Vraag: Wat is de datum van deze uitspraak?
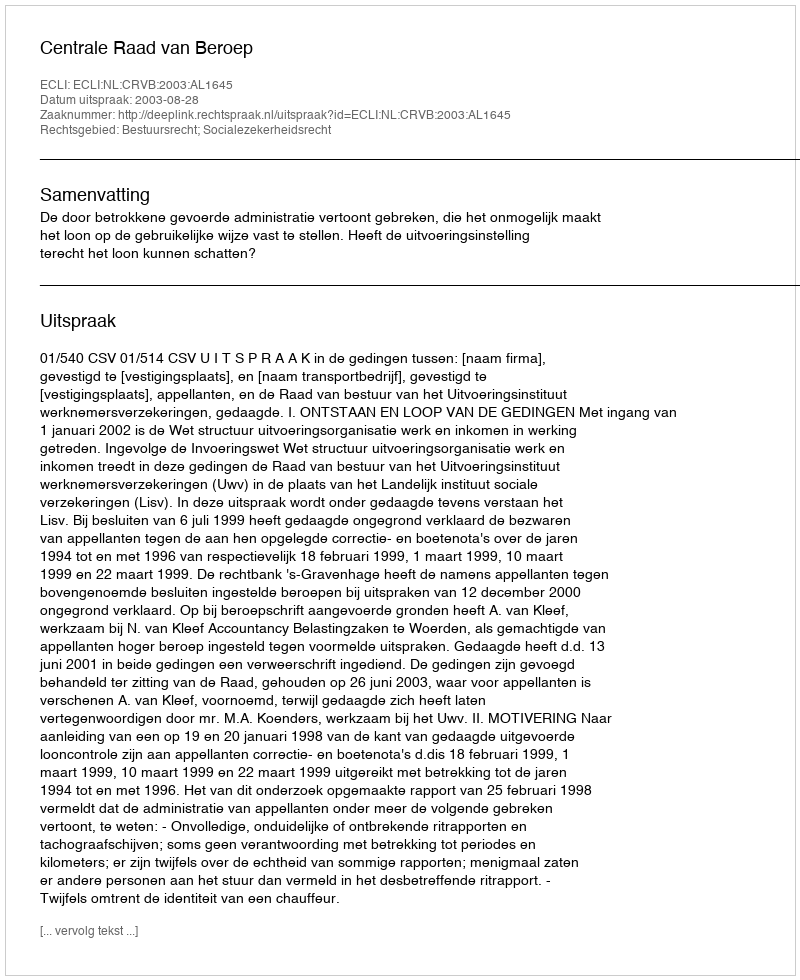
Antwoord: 2003-08-28